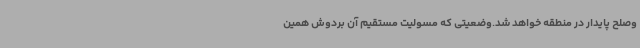
وصلح پایدار در منطقه خواهد شد.وضعیتی که مسولیت مستقیم آن بردوش همین